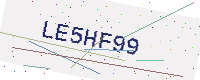
Text: LE5HF99